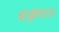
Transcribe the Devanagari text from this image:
येईना॥